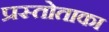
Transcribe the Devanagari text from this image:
प्रस्तोताका